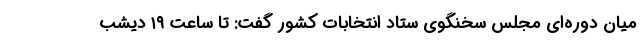
میان ‌دوره‌ای مجلس سخنگوی ستاد انتخابات کشور گفت: تا ساعت ۱۹ دیشب